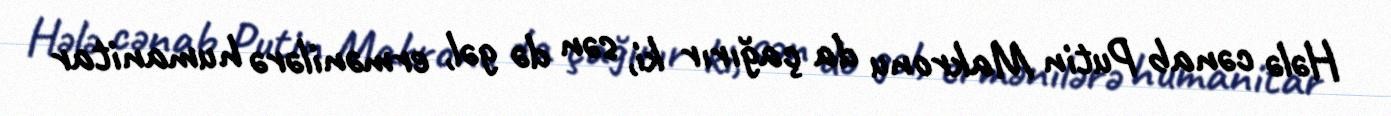
Hələ cənab Putin Makronu da çağırır ki, sən də gəl, ermənilərə humanitar